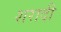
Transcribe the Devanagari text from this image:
शरादी